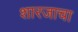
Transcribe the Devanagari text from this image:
शारजाचा